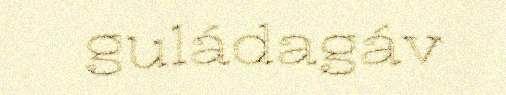
guládagáv